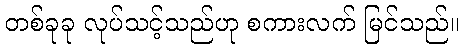
တစ်ခုခု လုပ်သင့်သည်ဟု စကားလက် မြင်သည်။